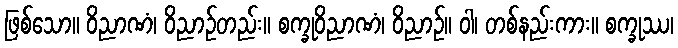
ဖြစ်သော။ ဝိညာဏံ၊ ဝိညာဉ်တည်း။ စက္ခုဝိညာဏံ၊ ဝိညာဉ်။ ဝါ၊ တစ်နည်းကား။ စက္ခုဿ၊